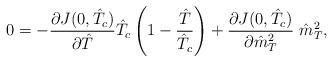
\begin{align*}0 = -\frac{\partial J(0, \hat{T}_c)}{\partial \hat{T}} \hat{T}_c \left(1 - \frac{\hat{T}}{\hat{T}_c} \right) + \frac{\partial J(0, \hat{T}_c)}{\partial \hat{m}^2_T}~\hat{m}^2_T,\end{align*}